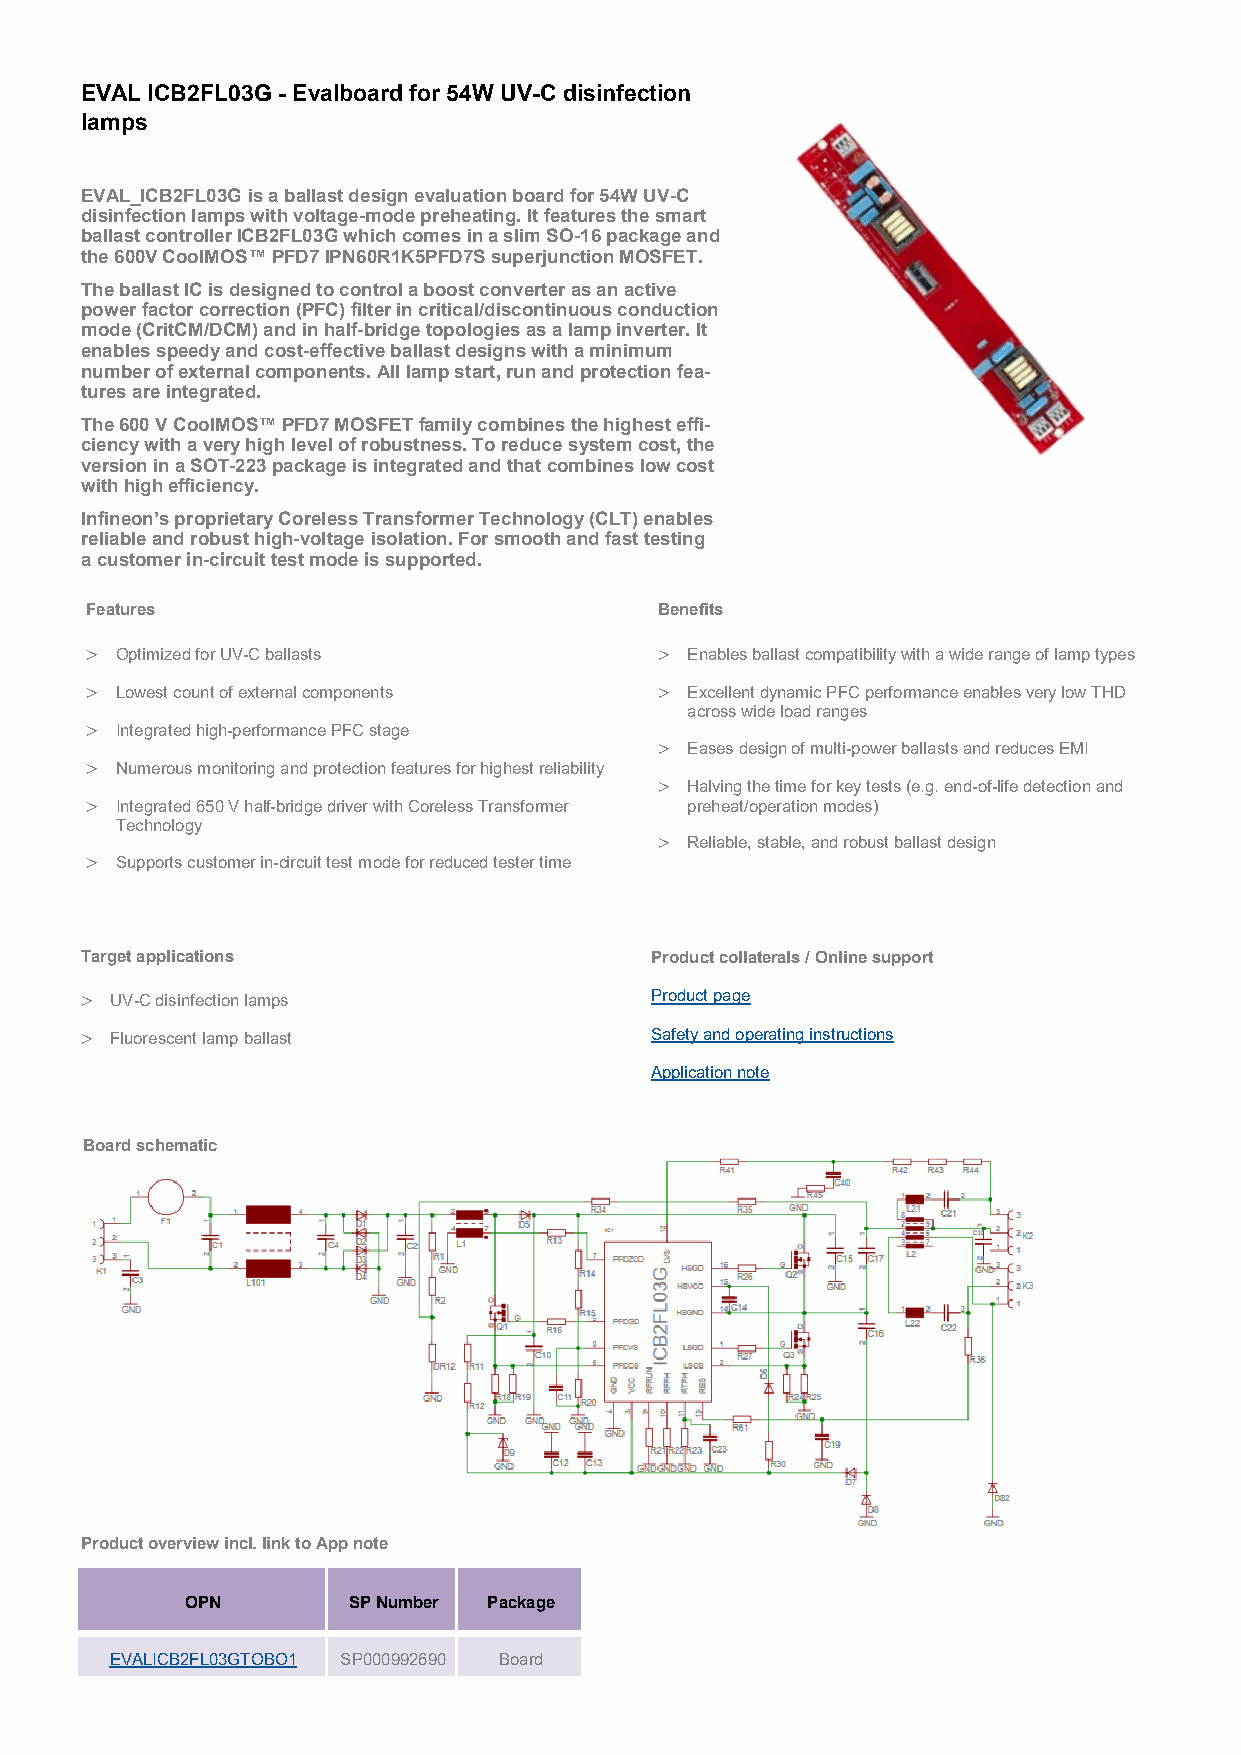
EVAL ICB2FL03G - Evalboard for 54W UV-C disinfection
 lamps
 EVAL_ICB2FL03G is a ballast design evaluation board for 54W UV-C
 disinfection lamps with voltage-mode preheating. It features the smart
 ballast controller ICB2FL03G which comes in a slim SO-16 package and
 the 600V CoolMOS™ PFD7 IPN60R1K5PFD7S superjunction MOSFET.
 The ballast IC is designed to control a boost converter as an active
 power factor correction (PFC) filter in critical/discontinuous conduction
 mode (CritCM/DCM) and in half-bridge topologies as a lamp inverter. It
 enables speedy and cost-effective ballast designs with a minimum
 number of external components. All lamp start, run and protection fea-
 tures are integrated.
 The 600 V CoolMOS™ PFD7 MOSFET family combines the highest effi-
 ciency with a very high level of robustness. To reduce system cost, the
 version in a SOT-223 package is integrated and that combines low cost
 with high efficiency.
 Infineon’s proprietary Coreless Transformer Technology (CLT) enables
 reliable and robust high-voltage isolation. For smooth and fast testing
 a customer in-circuit test mode is supported.
 Features                              Benefits
  Optimized for UV-C ballasts          Enables ballast compatibility with a wide range of lamp types
  Lowest count of external components  Excellent dynamic PFC performance enables very low THD
 across wide load ranges
  Integrated high-performance PFC stage
  Eases design of multi-power ballasts and reduces EMI
  Numerous monitoring and protection features for highest reliability
  Halving the time for key tests (e.g. end-of-life detection and
  Integrated 650 V half-bridge driver with Coreless Transformer preheat/operation modes)
 Technology
  Reliable, stable, and robust ballast design
  Supports customer in-circuit test mode for reduced tester time
 Target applications                   Product collaterals / Online support
  UV-C disinfection lamps             Product page
  Fluorescent lamp ballast            Safety and operating instructions
 Application note
 Board schematic
 Product overview incl. link to App note
 OPN        SP Number Package
 EVALICB2FL03GTOBO1 SP000992690 Board